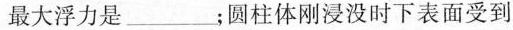
最大浮力是___；圆柱体刚浸没时下表面受到